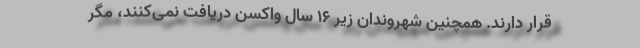
قرار دارند. همچنین شهروندان زیر ۱۶ سال واکسن دریافت نمی‌کنند، مگر